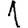
Digit: 1